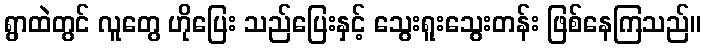
ရွာထဲတွင် လူတွေ ဟိုပြေး သည်ပြေးနှင့် သွေးရူးသွေးတန်း ဖြစ်နေကြသည်။